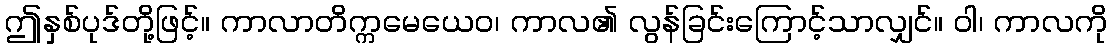
ဤနှစ်ပုဒ်တို့ဖြင့်။ ကာလာတိက္ကမေယေဝ၊ ကာလ၏ လွန်ခြင်းကြောင့်သာလျှင်။ ဝါ၊ ကာလကို